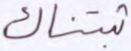
ثبتناك